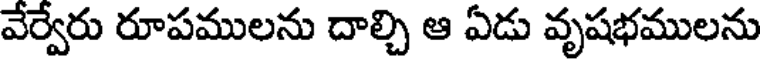
వేర్వేరు రూపములను దాల్చి ఆ ఏడు వృషభములను